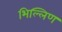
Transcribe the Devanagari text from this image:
भिल्लिण